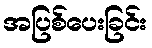
အပြစ်ပေးခြင်း